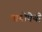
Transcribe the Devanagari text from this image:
मायोपेथी